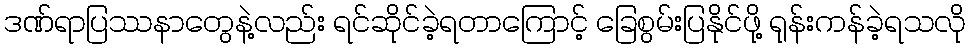
ဒဏ်ရာပြဿနာတွေနဲ့လည်း ရင်ဆိုင်ခဲ့ရတာကြောင့် ခြေစွမ်းပြနိုင်ဖို့ ရုန်းကန်ခဲ့ရသလို